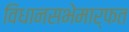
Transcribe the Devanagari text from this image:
विधानसभेमार्फत